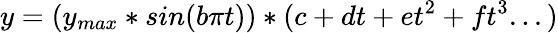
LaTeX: y=(y_{max}*sin(b{\pi}t))*(c+dt+et^{2}+ft^{3}...)